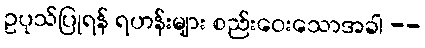
ဥပုသ်ပြုရန် ရဟန်းများ စည်းဝေးသောအခါ --